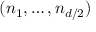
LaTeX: ( n _ { 1 } , \ldots , n _ { d / 2 } )